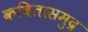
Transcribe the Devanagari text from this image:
कवितासमुद्र